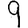
Digit: 9